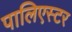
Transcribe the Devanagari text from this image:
पालिएस्टर